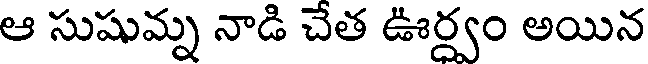
ఆ సుషుమ్న నాడి చేత ఊర్వం అయిన